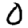
Digit: 0